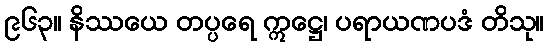
၉၆၃။ နိဿယေ တပ္ပရေ ဣဋ္ဌေ၊ ပရာယဏပဒံ တိသု။